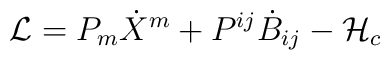
{\cal L}= P_m\dot{X}^m+P^{ij}\dot{B}_{ij}-{\cal H}_c